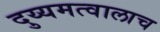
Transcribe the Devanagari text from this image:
दुय्यमत्वालाच